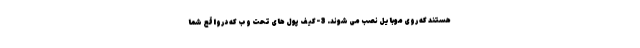
هستند که روی موبایل نصب می شوند. 3-کیف پول های تحت وب که درواقع شما